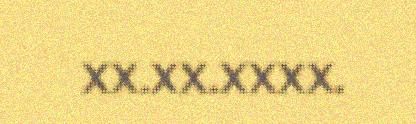
XX.XX.XXXX.